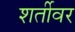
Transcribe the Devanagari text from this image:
शर्तीवर